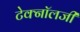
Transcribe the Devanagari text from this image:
टेक्‍नॉलजी